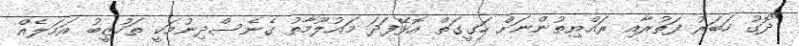
"ދޮގު ހަބަރު ފަތުރާއި ރައްޔިތުންނަށް ހަގީގަތް އޮޅޭފަދަ މައުލޫމާތު ގެނެސްދިނުމަކީ ތަހުޒީބު އަމަލެއް